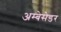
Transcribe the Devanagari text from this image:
अम्बेसेडर